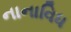
નાનાવિધ